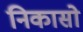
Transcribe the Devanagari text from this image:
निकासो